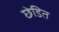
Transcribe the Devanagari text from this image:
छेडित